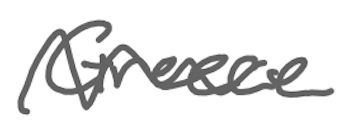
Text: Greece
Cross-out: wave
Writing tool: digital_gray